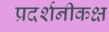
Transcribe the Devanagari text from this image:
प्रदर्शनीकक्ष